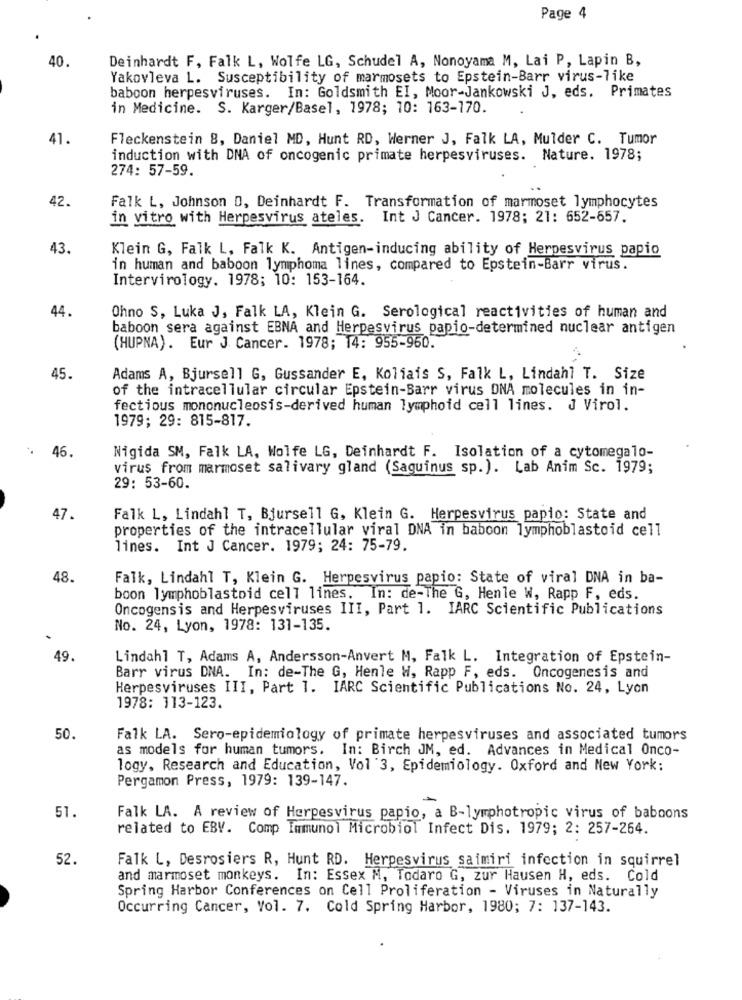
Page 4
40.
Deinhardt F, Falk L, Wolfe LG, Schudel A, Nonoyama M, Lai P, Lapin B,
Yakovleva L. Susceptibility of marmosets to Epstein-Barr virus-like
baboon herpesviruses. In: Goldsmith EI, Moor-Jankowski J, eds. Primates
in Medicine. S. Karger/Basel, 1978; 10: 163-170.
41
Fleckenstein 8, Daniel MD, Hunt RD, Werner J, Falk LA, Mulder C. Tumor
induction with DNA of oncogenic primate herpesviruses. Nature. 1978;
274: 57-59.
42.
Falk L, Johnson D, Deinhardt F. Transformation of marmoset lymphocytes
in vitro with Herpesvirus ateles. Int J Cancer. 1978; 21: 652-657.
43.
Klein G, Falk L, Falk K. Antigen-inducing ability of Herpesvirus papio
in human and baboon lymphoma lines, compared to Epstein-Barr virus.
Intervirology. 1978; 10: 153-164.
44.
Ohno S, Luka J, Falk LA, Klein G. Serological reactivities of human and
baboon sera against EBNA and Herpesvirus papio-determined nuclear antigen
(HUPNA). Eur J Cancer. 1978; 14: 955-960.
45.
Adams A, Bjursell G, Gussander E, Koliais S, Falk L, Lindahl T. Size
of the intracellular circular Epstein-Barr virus DNA molecules in in-
fectious mononucleosis-derived human lymphoid cell lines. J Virol.
1979; 29: 815-817.
46
Nigida SM, Falk LA, Wolfe LG, Deinhardt F. Isolation of a cytomegalo-
virus from marmoset salivary gland (Saguinus sp.). Lab Anim Sc. 1979;
29: 53-60.
47.
Falk L, Lindahl T, Bjursell G, Klein G. Herpesvirus papio: State and
properties of the intracellular viral DNA in baboon lymphoblastoid cell
lines. Int J Cancer. 1979; 24: 75-79.
48
Falk, Lindahl T, Klein G. Herpesvirus papio: State of viral DNA in ba-
boon lymphoblastoid cell lines. In: de-The G, Henle W, Rapp F, eds.
Oncogensis and Herpesviruses III, Part 1. IARC Scientific Publications
No. 24, Lyon, 1978: 131-135.
49.
Lindahl T, Adams A, Andersson-Anvert M, Falk L. Integration of Epstein-
Barr virus DNA. In: de-The G, Henle W, Rapp F, eds. Oncogenesis and
Herpesviruses III, Part 1. IARC Scientific Publications No. 24, Lyon
1978: 113-123.
50.
Falk LA. Sero-epidemiology of primate herpesviruses and associated tumors
as models for human tumors. In: Birch JM, ed. Advances in Medical Onco-
logy, Research and Education, Vol 3, Epidemiology. Oxford and New York:
Pergamon Press, 1979: 139-147.
51
Falk LA. A review of Herpesvirus papio, a B-lymphotropic virus of baboons
related to EBV. Comp Immunol Microbiol Infect Dis. 1979; 2: 257-264.
52.
Falk L, Desrosiers R, Hunt RD. Herpesvirus saimiri infection in squirrel
and marmoset monkeys. In: Essex M, Todaro G, zur Hausen H, eds. Cold
Spring Harbor Conferences on Cell Proliferation - Viruses in Naturally
Occurring Cancer, Vol. 7. Cold Spring Harbor, 1980; 7: 137-143.